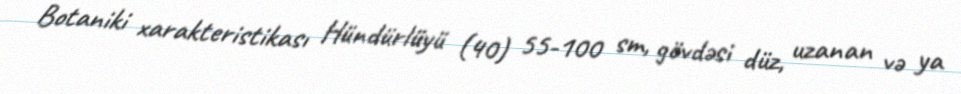
Botaniki xarakteristikası Hündürlüyü (40) 55-100 sm, gövdəsi düz, uzanan və ya